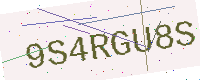
Text: 9S4RGU8S